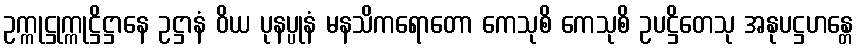
ဥက္ကုဋ္ဌုက္ကုဋ္ဌိဋ္ဌာနေ ဥဋ္ဌာနံ ဝိယ ပုနပ္ပုနံ မနသိကရောတော ကေသုစိ ကေသုစိ ဥပဋ္ဌိတေသု အနုပဋ္ဌဟန္တေ